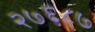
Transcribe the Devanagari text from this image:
२७६८७